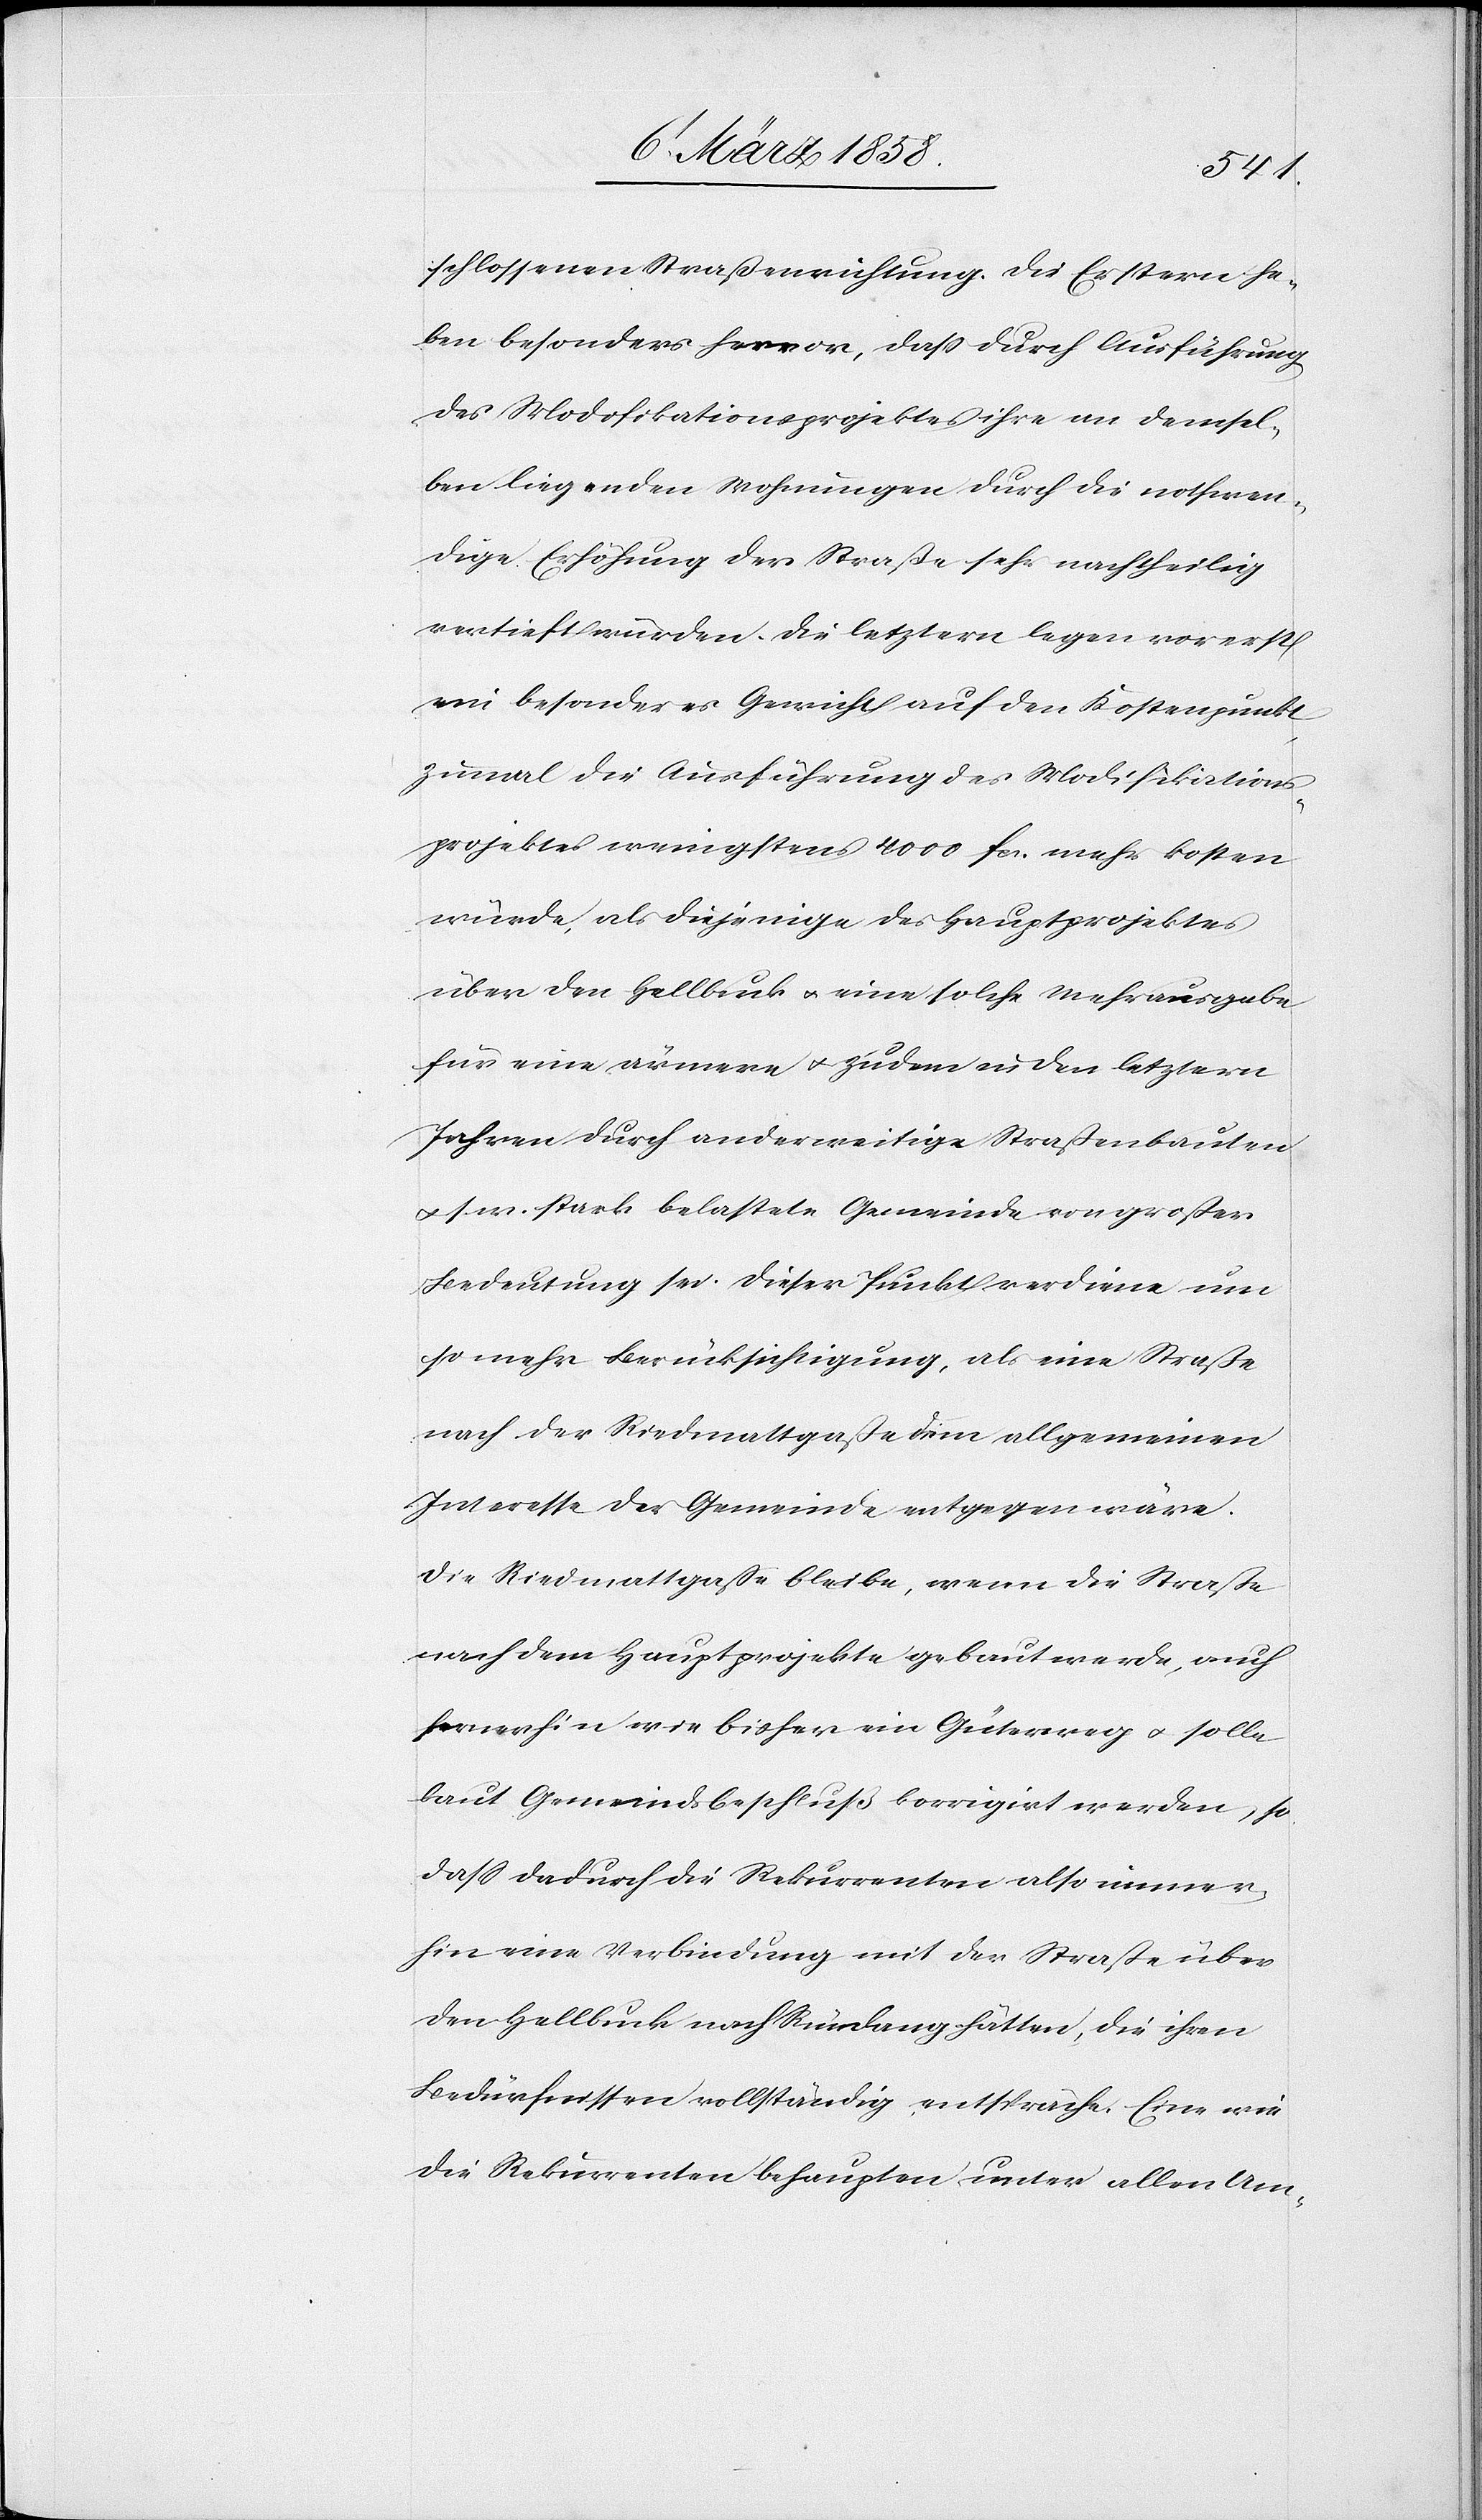
schlossenen Straßenrichtung. Die Ersteren he¬
ben besonders hervor, daß durch Ausführung
des Modifikationsprojektes ihre an demsel¬
ben liegenden Wohnungen durch die nothwen¬
dige Erhöhung der Straße sehr nachtheilig
vertieft würden. Die letztern legen vorerst
ein besonderes Gewicht auf den Kostenpunkt,
zumal die Ausführung des Modifikations¬
projektes wenigstens 4000 fcs. mehr kosten
würde, als diejenige des Hauptprojektes
über den Hellbuck u. eine solche Mehrausgabe
für eine ärmere u. zudem in den letztern
Jahren durch anderweitige Straßenbauten
u. s. w. stark behaftete Gemeinde von großer
Bedeutung sei. Dieser Punkt verdiene um
so mehr Berücksichtigung, als eine Straße
nach der Riedmattgaße dem allgemeinen
Interesse der Gemeinde entgegen wäre.
Die Riedmattgasse bleibe, wenn die Straße
nach dem Hauptprojekte gebaut werde, auch
fernerhin wie bisher ein Güterweg u. solle
laut Gemeindsbeschluß korrigiert werden, so
daß dadurch die Rekurrenten also immer¬
hin eine Verbindung mit der Straße über
den Hellbuck nach Rümlang hätte, die ihren
Bedürfnissen vollständig entspräche. Eine wie
die Rekurrenten behaupten unter allen Um-